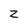
Character: Z